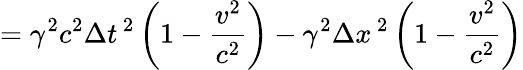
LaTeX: =\gamma^{2}c^{2}\Delta t^{\, 2}\left(1-{\frac{v^{2}}{c^{2}}}\right)-\gamma^{2}\Delta x^{\, 2}\left(1-{\frac{v^{2}}{c^{2}}}\right)